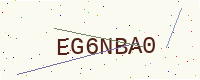
Text: EG6NBA0